Vaccination in Bombay 1913-1923 - 1913-1923
Year: 1913
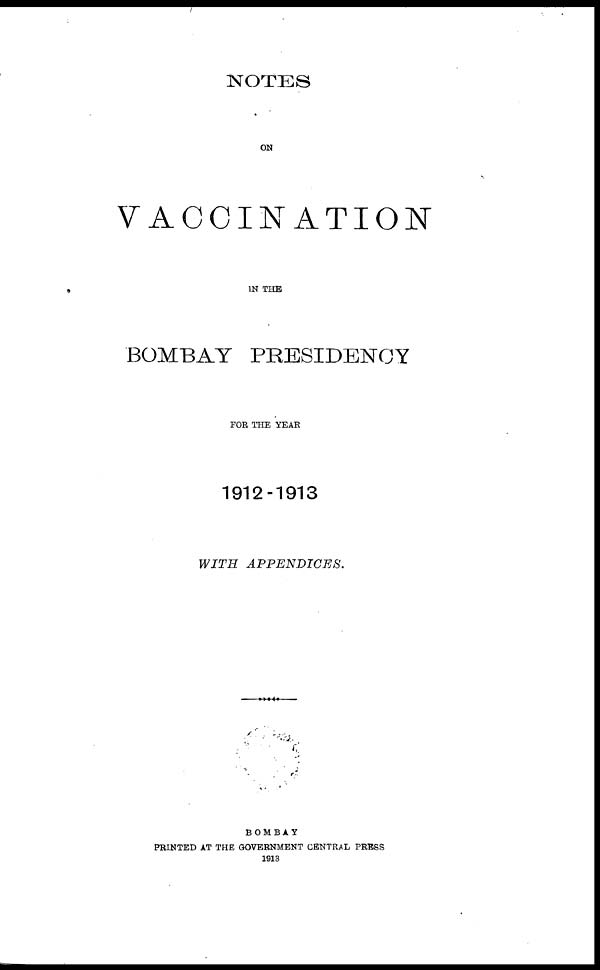
NOTES
ON
VACCINATION
IN THE
BOMBAY PRESIDENCY
FOR THE YEAR
1912-1913
WITH
APPENDICES.
BOMBAY
PRINTED AT THE GOVERNMENT CENTRAL PRESS
1913